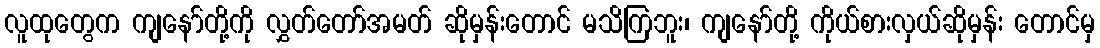
လူထုတွေက ကျနော်တို့ကို လွှတ်တော်အမတ် ဆိုမှန်းတောင် မသိကြဘူး၊ ကျနော်တို့ ကိုယ်စားလှယ်ဆိုမှန်း တောင်မှ